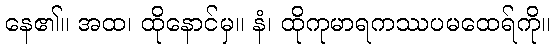
နေ၏။ အထ၊ ထိုနောင်မှ။ နံ၊ ထိုကုမာရကဿပမထေရ်ကို။